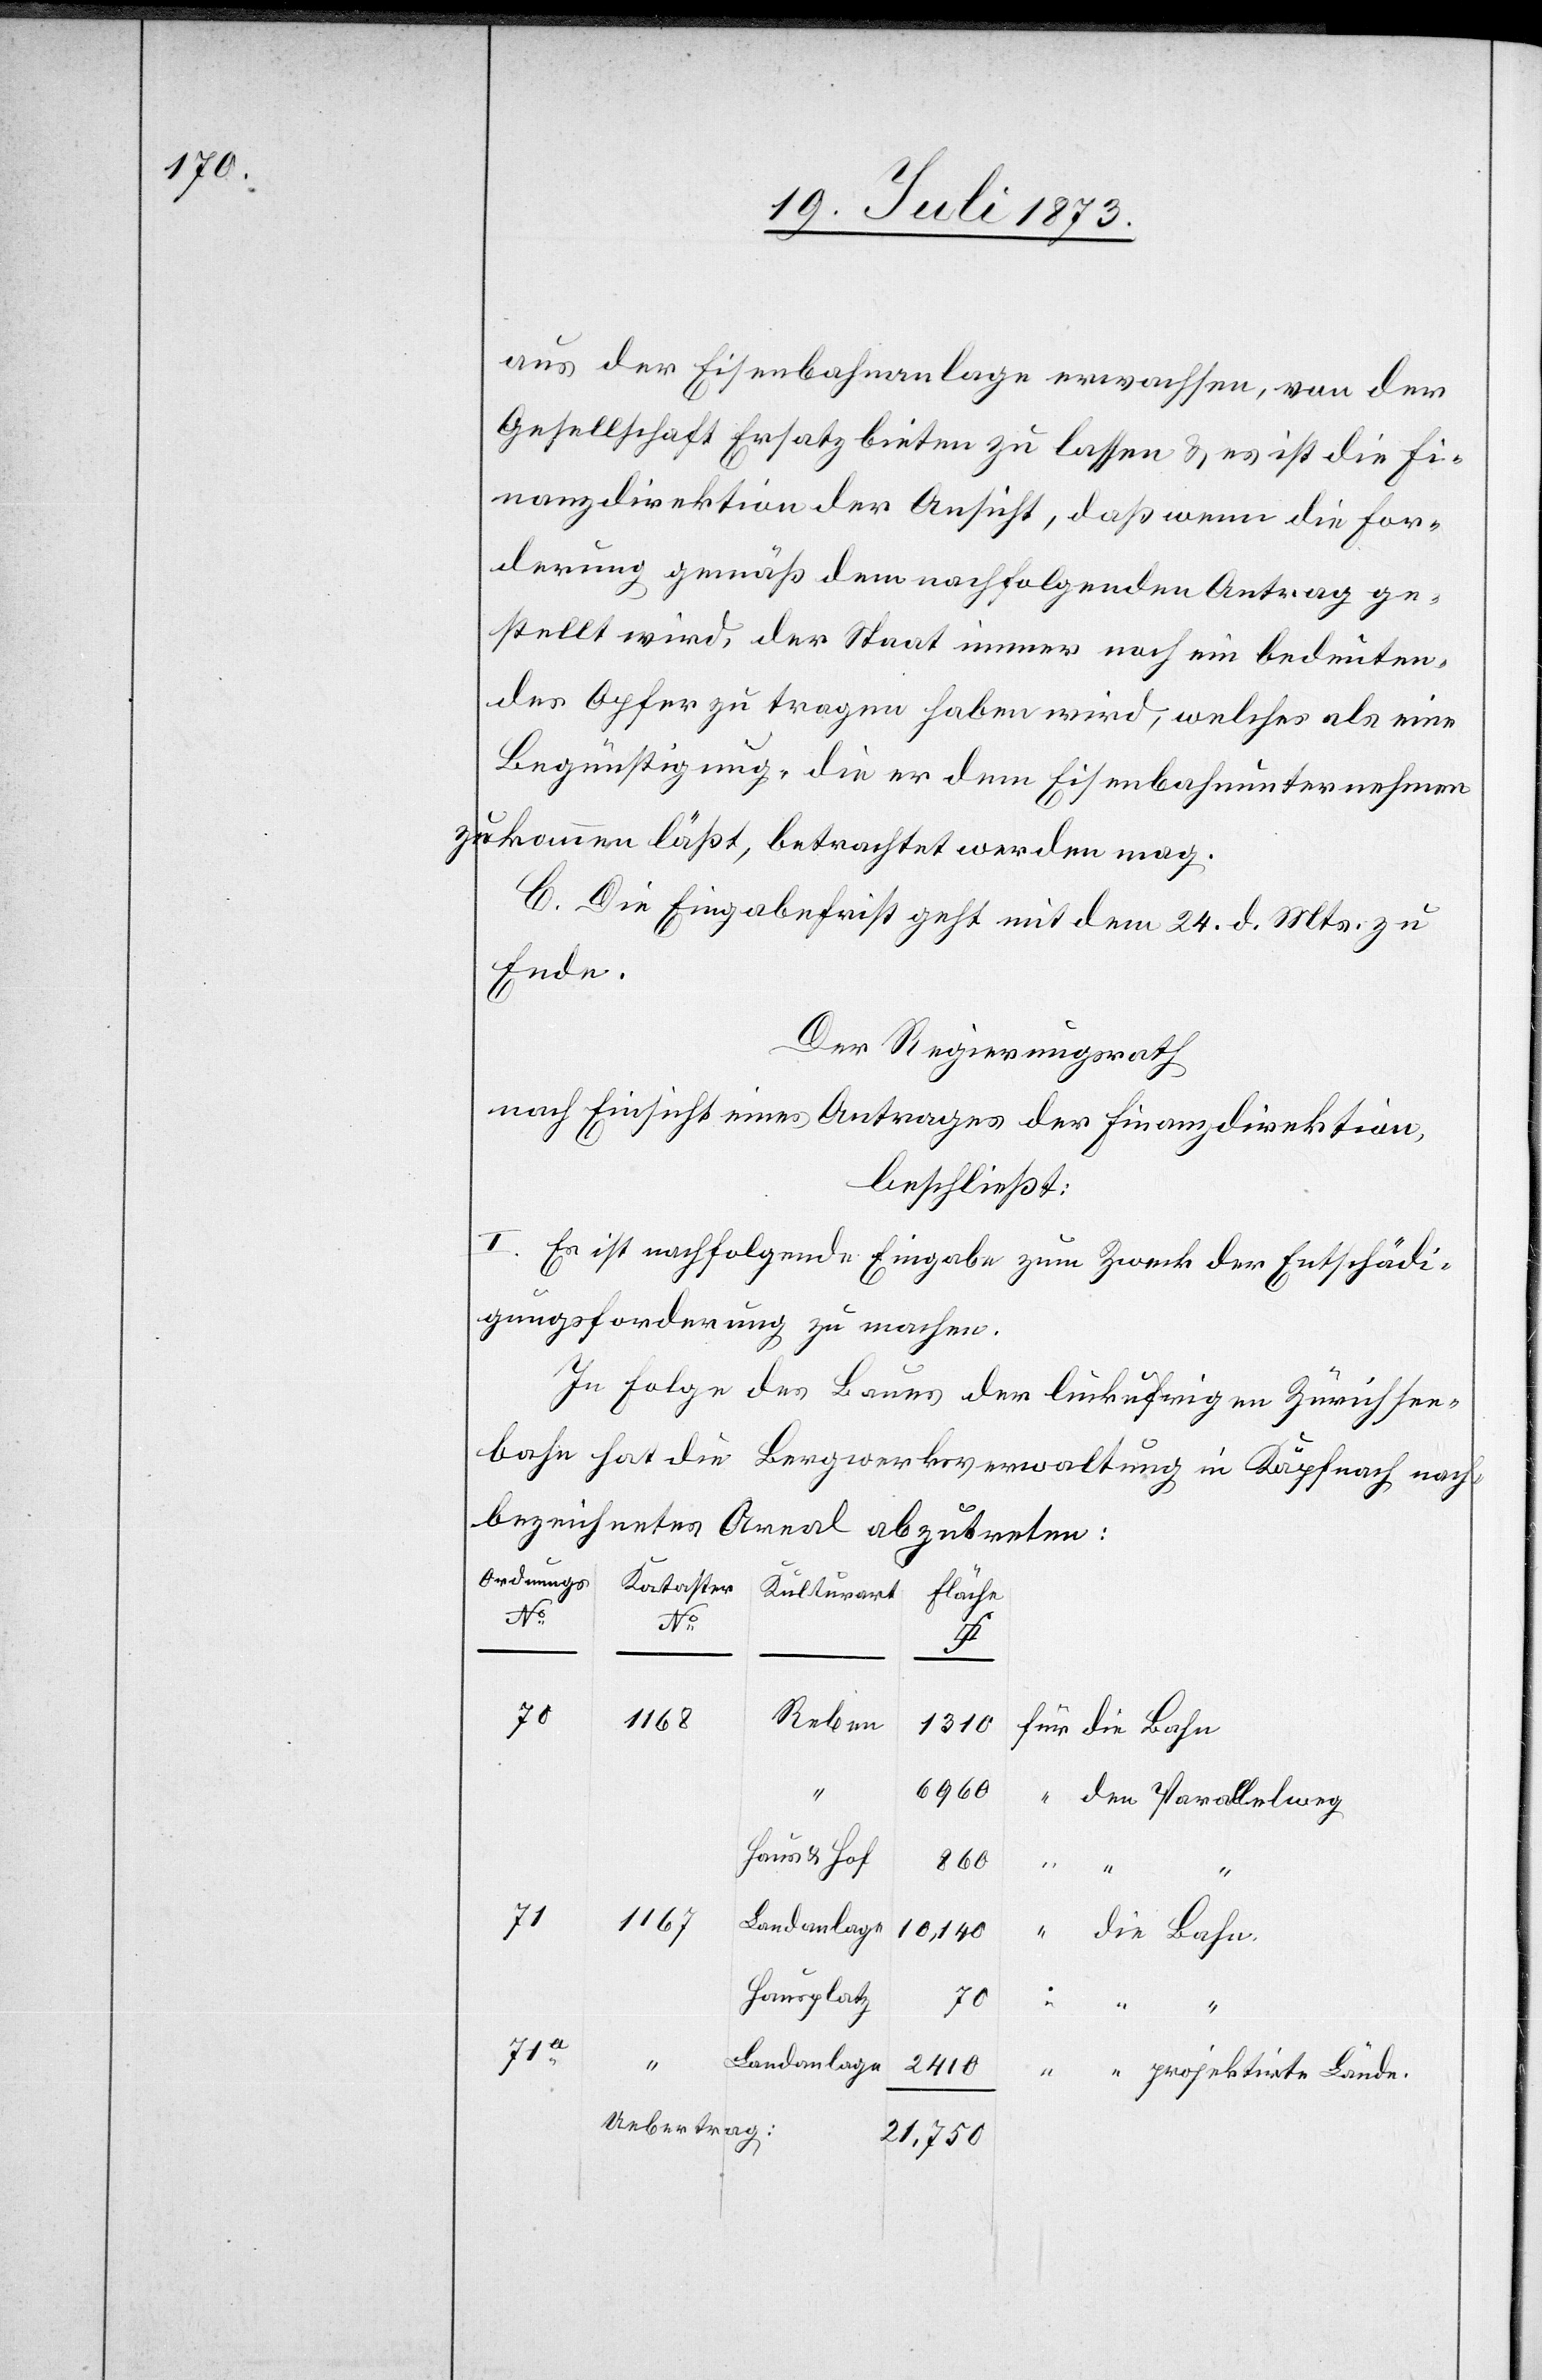
aus der Eisenbahnanlage erwachsen, von der
Gesellschaft Ersatz bieten zu lassen & es ist die Fi¬
nanzdirektion der Ansicht, daß wenn die For¬
derung gemäß dem nachfolgenden Antrag ge¬
stellt wird, der Staat immer noch ein bedeuten¬
des Opfer zu tragen haben wird, welches als eine
Begünstigung, die er dem Eisenbahnunternehmen
zukommen läßt betrachtet werden mag.
C. Die Eingabefrist geht mit dem 24. d. Mts. zu
Ende.
Der Regierungsrath
nach Einsicht eines Antrages der Finanzdirektion
beschließt:
I. Es ist nachfolgende Eingabe zum Zweck der Entschädi¬
gungsforderung zu machen.
In Folge des Baues der linkufrigen Zürichsee¬
bahn hat die Bergwerksverwaltung in Käpfnach nach¬
bezeichnetes Areal abzutreten:
Reben
1 168
1 310
6 960
“
Haus & Hof
860
die
Bahn.
1 167
10,140
Hausplatz
70
“
71a
Landanlage
2 410
projektirte Lände.